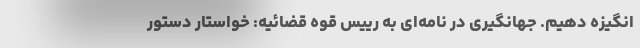
انگیزه دهیم. جهانگیری در نامه‌ای به رییس قوه قضائیه: خواستار دستور